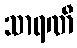
သာရဏီ